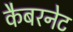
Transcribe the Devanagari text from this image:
कैबरनेट